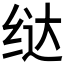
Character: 𫄤